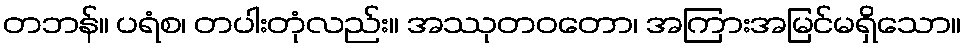
တဘန်။ ပရံစ၊ တပါးတုံလည်း။ အဿုတဝတော၊ အကြားအမြင်မရှိသော။